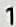
1